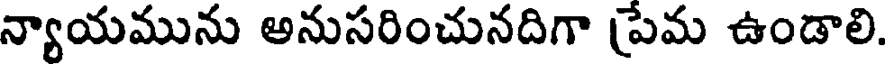
న్యాయమును అనుసరించునదిగా పేమ ఉండాలి.